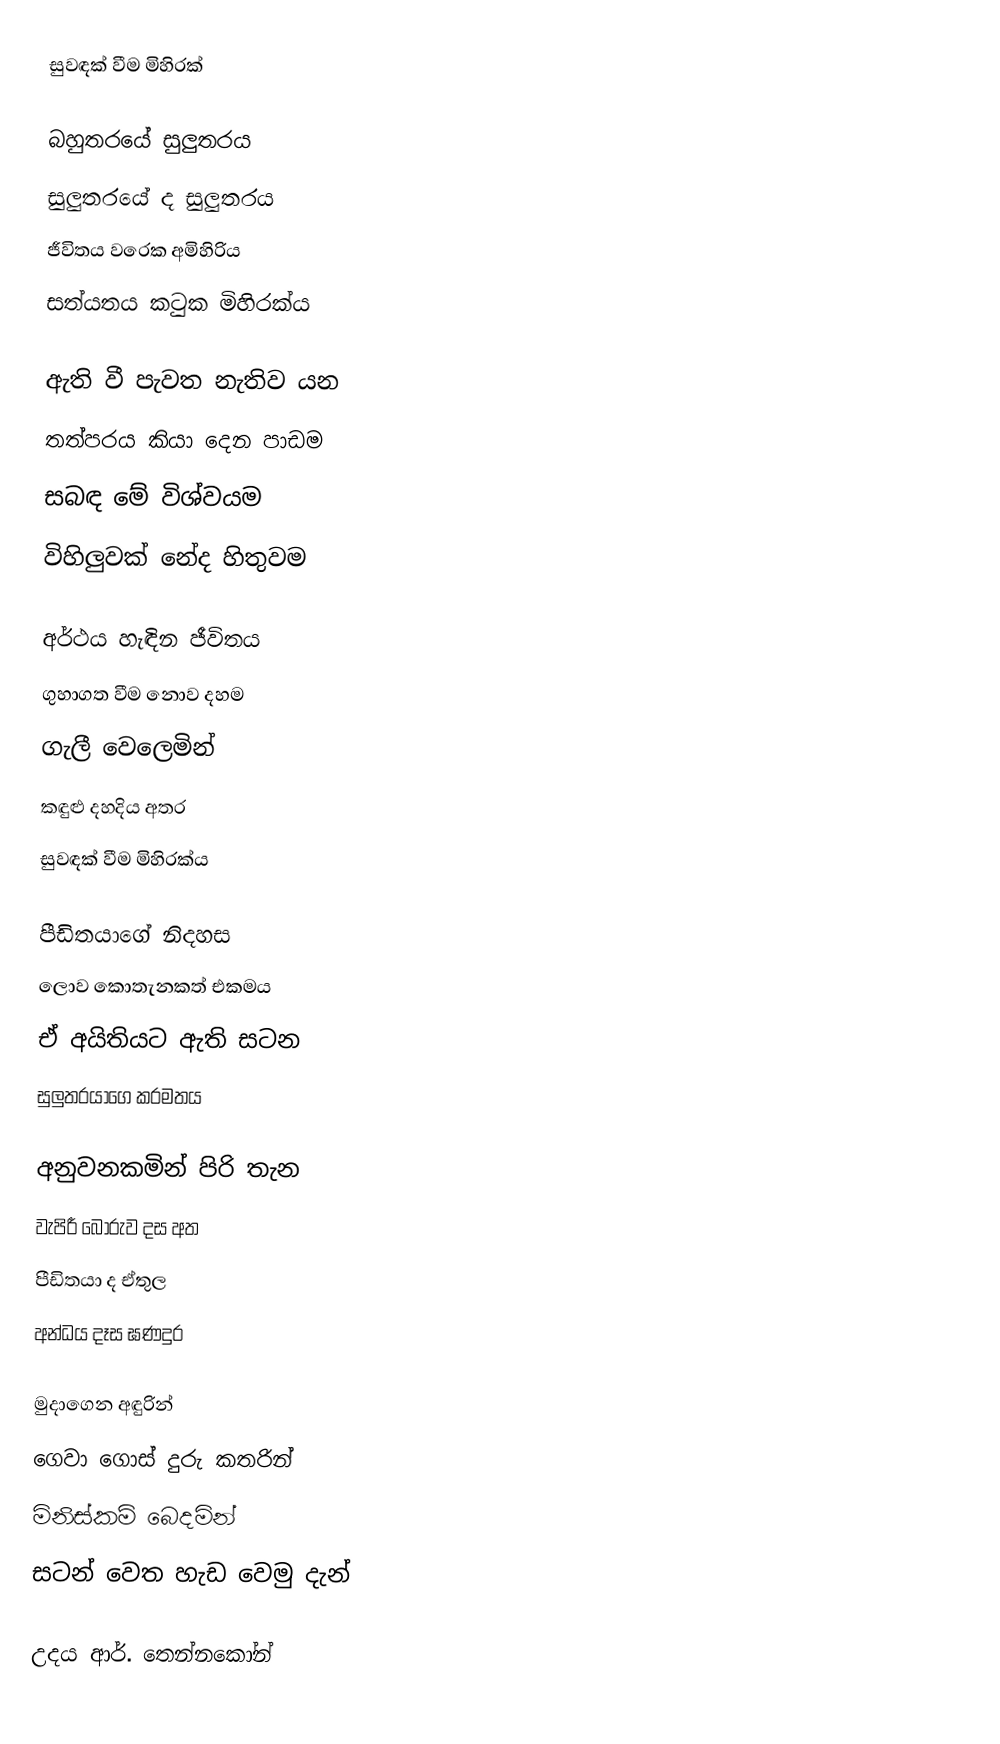
සුවඳක් වීම මිහිරක්

බහුතරයේ සුලුතරය
සුලුතරයේ ද සුලුතරය
ජීවිතය වරෙක අමිහිරිය
සත්යතය කටුක මිහිරක්ය

ඇති වී පැවත නැතිව යන
තත්පරය කියා දෙන පාඩම
සබඳ මේ විශ්වයම
විහිලුවක් නේද හිතුවම

අර්ථය හැඳින ජීවිතය
ගුහාගත වීම නොව දහම
ගැලී වෙලෙමින්
කඳුළු දහදිය අතර
සුවඳක් වීම මිහිරක්ය

පීඩිතයාගේ නිදහස
ලොව කොතැනකත් එකමය
ඒ අයිතියට ඇති සටන
සුලුතරයාගෙ කරමතය

අනුවනකමින් පිරි තැන
වැපිරී බොරුව දස අත
පීඩිතයා ද ඒතුල
අන්ධය දෑස ඝණදුර

මුදාගෙන අඳුරින්
ගෙවා ගොස් දුරු කතරින්
මිනිස්කම් බෙදමින්
සටන් වෙත හැඩ වෙමු දැන්

උදය ආර්. තෙන්නකෝන්